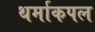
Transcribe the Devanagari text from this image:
थर्माकपल